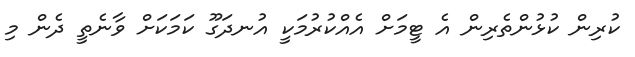
ކުރިން ކުޅުންތެރިން އެ ޓީމަށް އެއްކުރުމަކީ އުނދަގޫ ކަމަކަށް ވާނެތީ ދެން މި